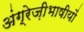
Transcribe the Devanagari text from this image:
अंग्रेज़ीभाषीयों